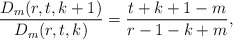
\begin{align*}\frac{D_m(r,t,k+1)}{D_m(r,t,k)}=\frac{t+k+1-m}{r-1-k+m},\end{align*}